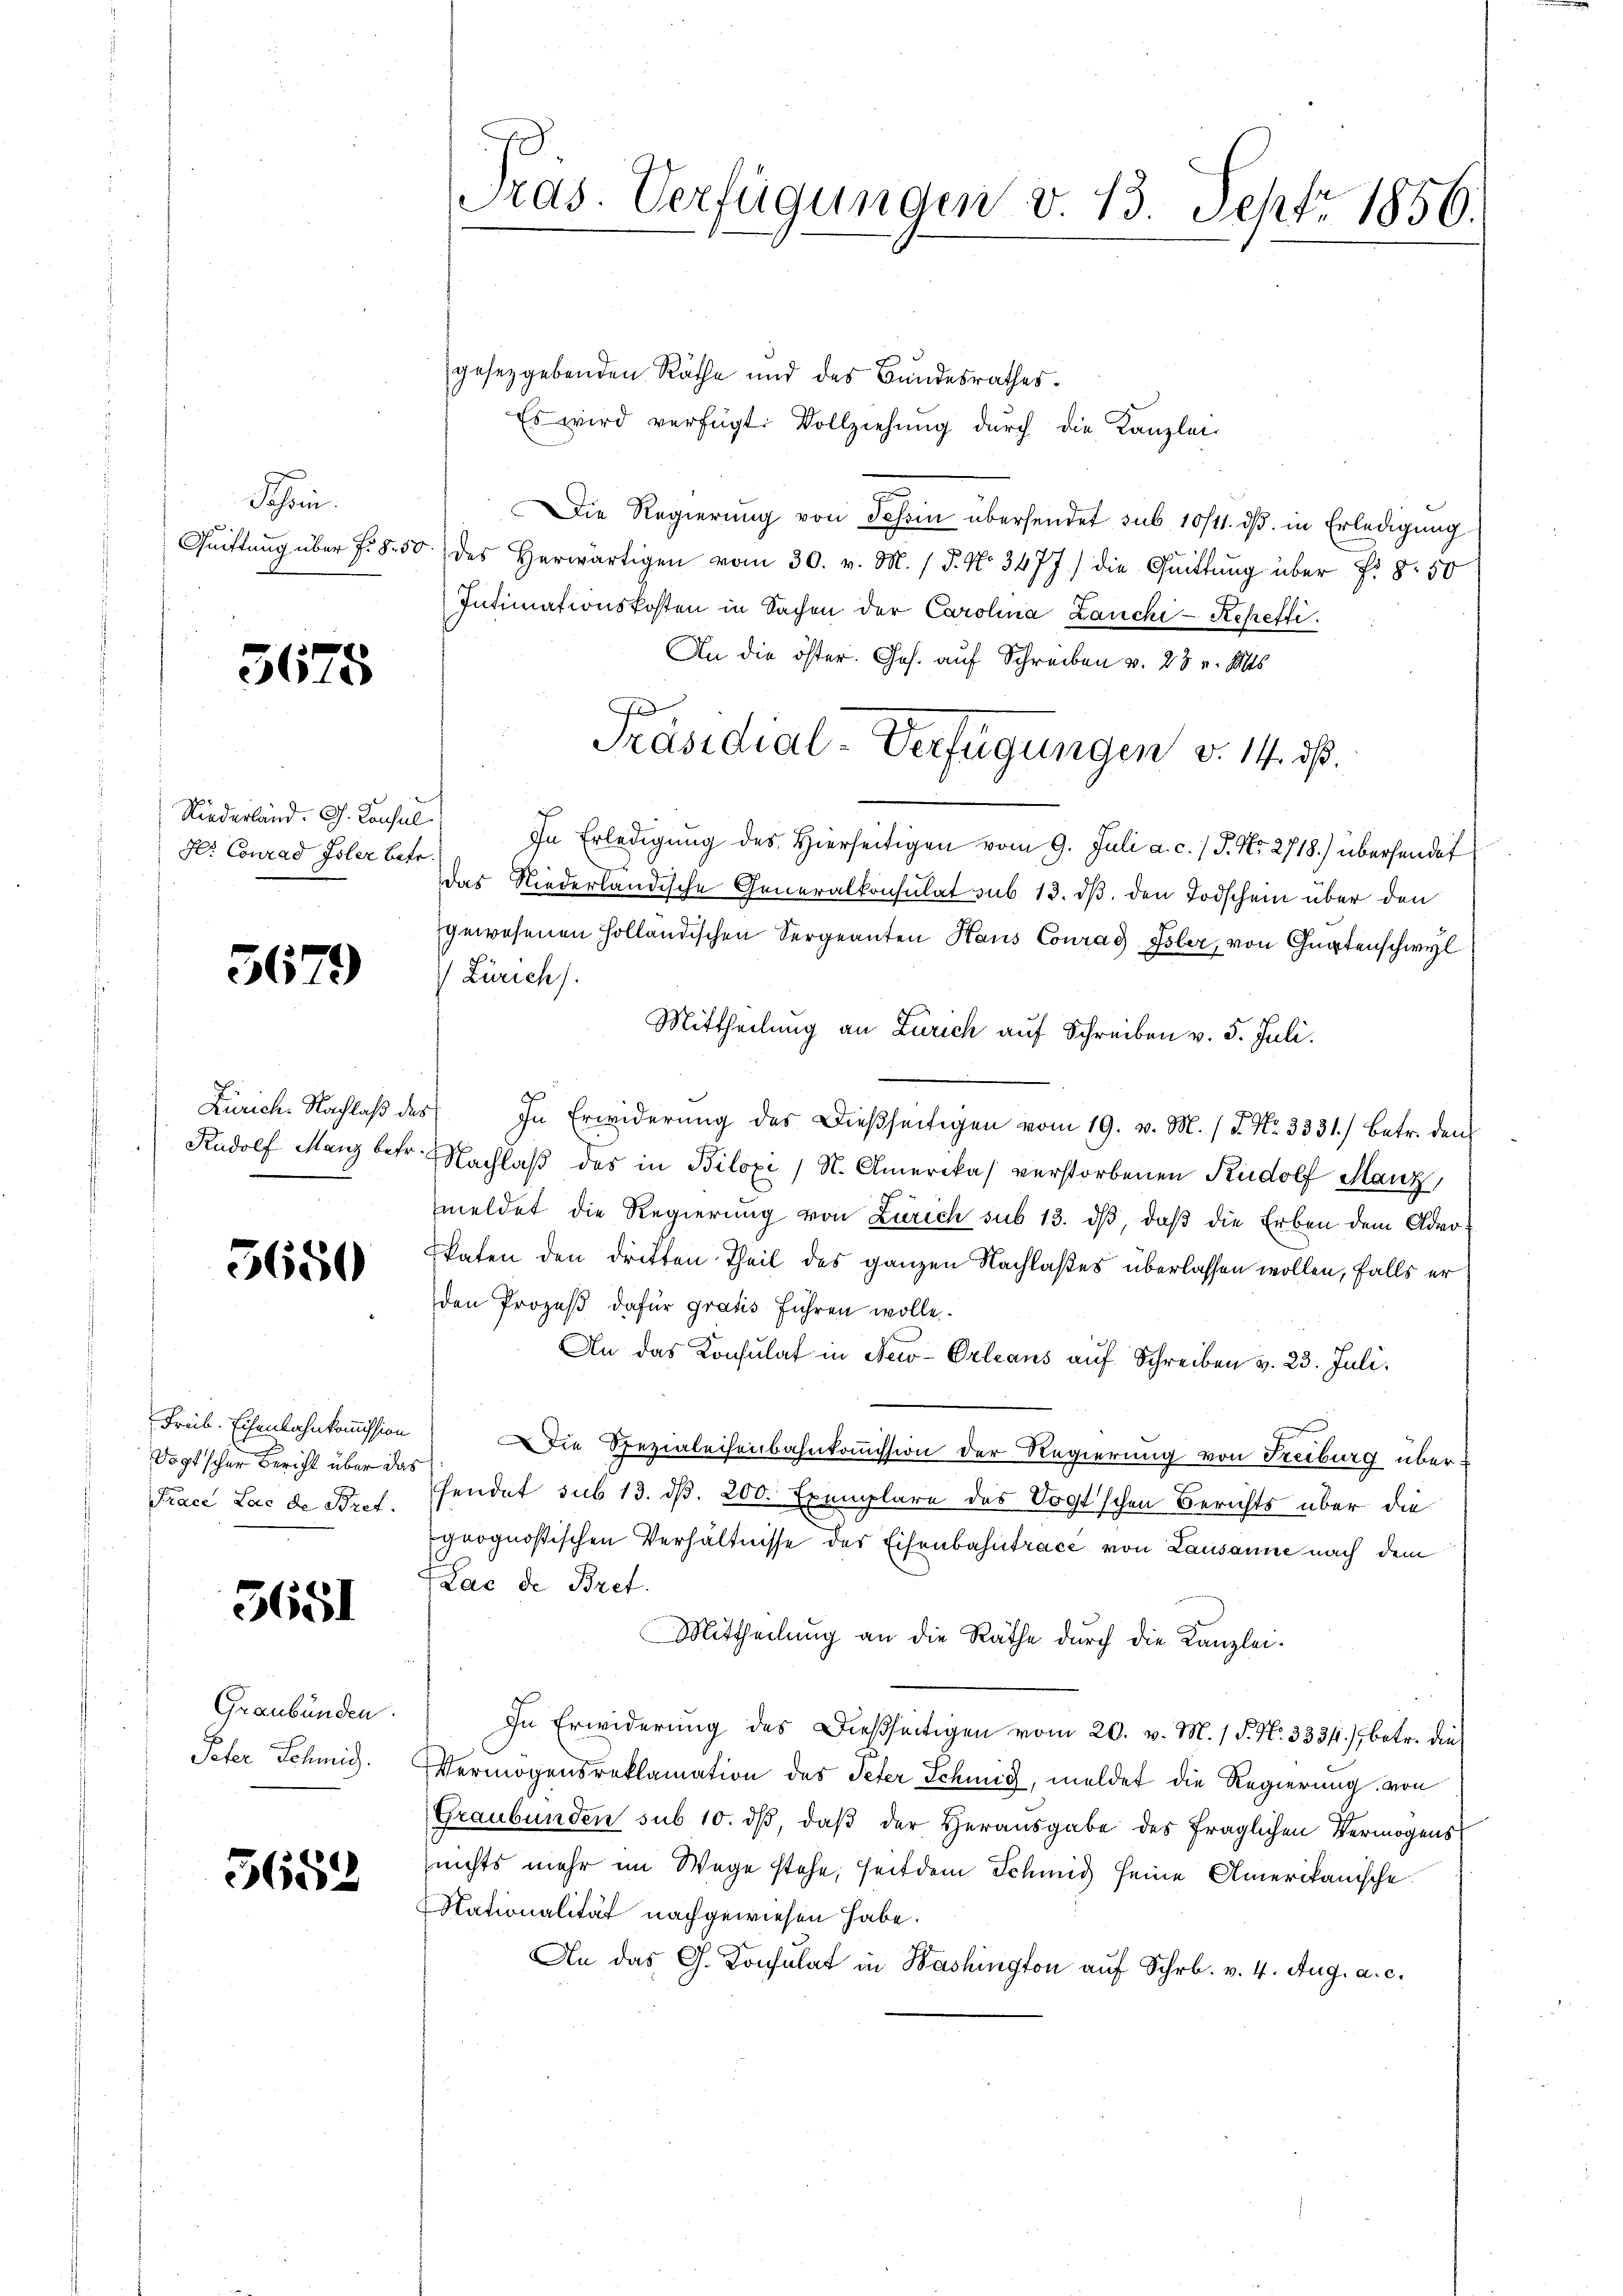
3678

Schön
Quittung über Fr. 8. 50

Niederland. G. Consul
Hr. Conrad Toler Betr

3679

Zürich. Nachlaß der

5650

Freib. Eisenbahnkommission
Dogtscher Bericht über das
Prace Lac de Bret.

5651

Graubünden.
Peter Schmid.

5652

Pras. Verfügungen v. 13. Sept. 1856.

gesetzgebenden Räthe und des Bandesrathes.
Es wird verfügt: Vollziehung dŭrch die Kanzlei-
Die Regierung von Tessin übersendet sub 10/11. ds. in Erledigung
des herwärtigen vom 30. v. M. / 5. No. 3477) die Quittŭng über f. 8. 50
Intimationskosten in Sachen der Carolina Zanchi-Rehefti
An die öster. Ges. auf Schreiben v. 28 v. Mts
Präsidial-Verfügungen v. 14. ds.
In Erledigung des Hierseitigen vom 9. Juli a. c. / P. Nr. 2718.) übersendet
das Niederländische Generalkonsulat sub 13. dβ, den Todschein über den
gewesenen Holländischen Sergeanten Haus Conrad Isler, von Gurtenschwyl
 Zürich).
Mittheilung an Zürich auf Schreiben v. 5. Juli.
5 In Erwiderung des Dießseitigen vom 19. v. M. (T. No. 3331.) Betr. den
Rudolf Manz betr. Nachlaβ des in Biloxi / N. Amerikas verstorbenen Rudolf Manz
meldet die Regierung von Zürich sub 13. dβ, daß die Erben dem Advokaten den dritten Theil des ganzen Nachlaßes überlassen wollen, falls er
den Prozeß dafür gratis führen wolle.
An das Konsulat in New-Orleans auf Schreiben v. 23. Juli.
Die Spezialeisenbahnkommission der Regierung von Treiburg über
fendet sub 13. d. 200. Exemplare des Vogt'schen Berichts über die
geognößischen Verhältnisse des Eisenbahntrace von Lausanne nach dem
Lac de Bret.
Mittheilung an die Räthe durch die Kanzlei-
In Erwiderung des Dießseitigen vom 20. v. M. 1 S. N. 333), betr. die
Vermögensreklamation des Peter Schmid, meldet die Regierung von
Graubünden sub 10. dβ, daß der Herausgabe des fraglichen Vermögens
nichts mehr im Wege stehe, seitdem Schmid seine Amerikanische
Nationalität nachgewiesen habe.
An das G. Konsulat in Washington auf Schr. v. 4. Aug. a. c.